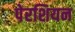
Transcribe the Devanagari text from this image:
पेरशियन